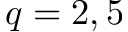
q = 2 , 5